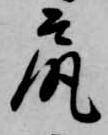
尻